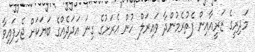
މަދިރީގެ ޒަރީއާއިން ފެތުރެމުންދާ ވައިރަލް ހުން އެރަށުގެ ގިނަ އަދަދެއްގެ ބަޔަކަށް ޖެހިފައިވާ